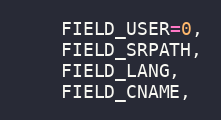
Language: C
    FIELD_USER=0,
    FIELD_SRPATH,
    FIELD_LANG,
    FIELD_CNAME,